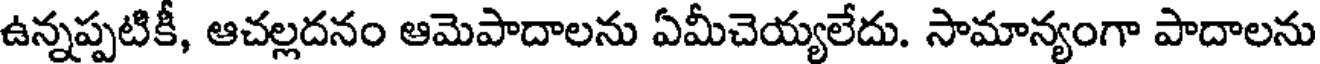
ఉన్నప్పటికీ, ఆచల్లదనం ఆమెపాదాలను ఏమీచెయ్యలేదు. సామాన్యంగా పాదాలను